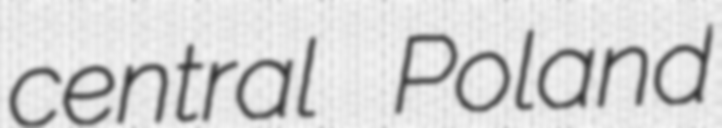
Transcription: central Poland